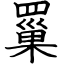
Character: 罺